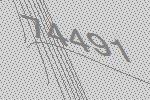
74491